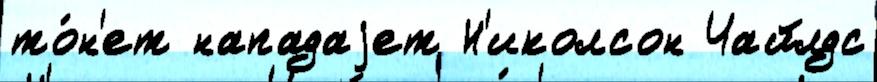
то́н'ет нападаjет Н'иколсон Чайлдс